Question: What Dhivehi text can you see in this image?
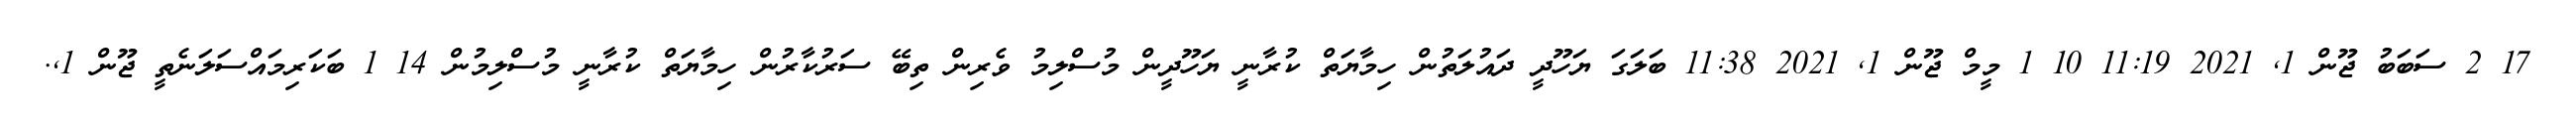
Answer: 17 2 ސަބަބު ޖޫން 1, 2021 11:19 10 1 މީމް ޖޫން 1, 2021 11:38 ބަލަގަ ޔަހޫދީ ދައުލަތުން ހިމާޔަތް ކުރާނީ ޔަހޫދީން މުސްލިމު ވެރިން ތިބޭ ސަރުކާރުން ހިމާޔަތް ކުރާނީ މުސްލިމުން 14 1 ބަކަރިމައްސަލަނެތީ ޖޫން 1,.